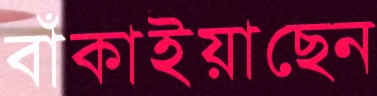
বাঁকাইয়াছেন